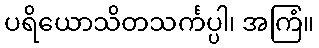
ပရိယောသိတသင်္ကပ္ပါ၊ အကြံ။